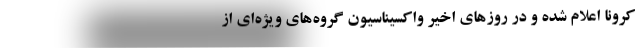
کرونا اعلام شده و در روزهای اخیر واکسیناسیون گروه‌های ویژ‌ه‌ای از